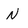
Character: N